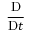
\frac { \mathrm { D } } { \mathrm { D } t }